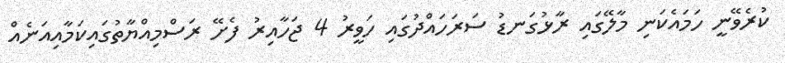
ކުރެވޭނީ ހަމައެކަނި މާލޭގައި ރާޅުގަނޑު ސަރަހައްދުގައި ހަވީރު 4 ޖަހާއިރު ފެށޭ ރަސްމިއްޔާތުގައިކަމާއިއަނެއް